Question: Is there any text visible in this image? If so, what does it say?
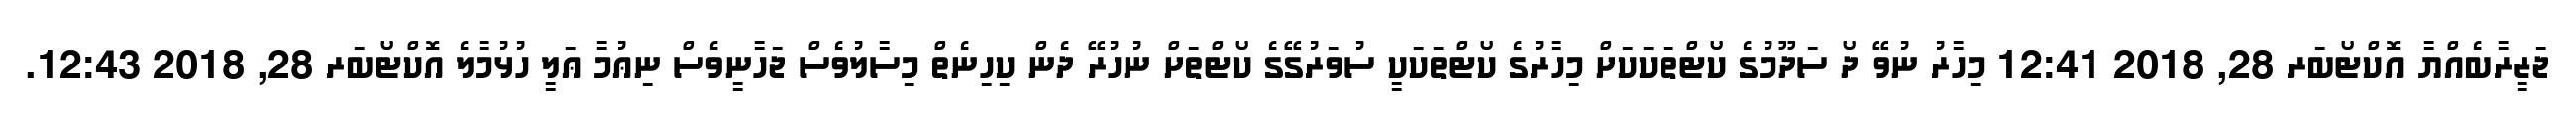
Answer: ޖަޒީރާބެއްޔާ އޮކްޓޯބަރ 28, 2018 12:41 މިހާރު ނުވޭ ދޯ ސަދޫމުގެ ކޯޓްތަކަކަށް މިހާރުގެ ކޯޓްތަކަކީ ސުވަރުގޭގެ ކޯޓްތަށް ނުހުރޭ ދެން ކިހިނެތް މިސާލުވެސް ޖަހާނީވެސް ނިޢުމާ ޢަލީ ހުޅުމާލެ އޮކްޓޯބަރ 28, 2018 12:43.